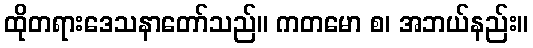
ထိုတရားဒေသနာတော်သည်။ ကတမော စ၊ အဘယ်နည်း။